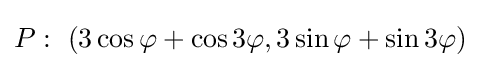
P:\ (3\cos \varphi +\cos 3\varphi ,3\sin \varphi +\sin 3\varphi )